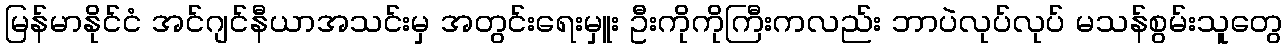
မြန်မာနိုင်ငံ အင်ဂျင်နီယာအသင်းမှ အတွင်းရေးမှူး ဦးကိုကိုကြီးကလည်း ဘာပဲလုပ်လုပ် မသန်စွမ်းသူတွေ